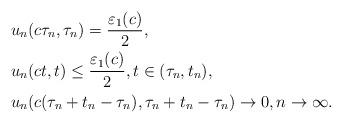
LaTeX: \begin{align*}\begin{aligned}&u_{n}(c\tau_n, \tau_n)= \frac{\varepsilon_1(c)}{2},\\&u_{n}(ct, t)\leq \frac{\varepsilon_1(c)}{2}, t\in(\tau_n, t_n),\\&u_{n}(c(\tau_n+t_n-\tau_n), \tau_n+t_n-\tau_n)\rightarrow 0, n\rightarrow \infty.\end{aligned}\end{align*}